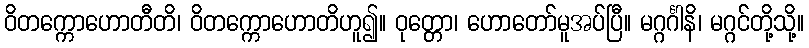
ဝိတက္ကောဟောတီတိ၊ ဝိတက္ကောဟောတိဟူ၍။ ဝုတ္တော၊ ဟောတော်မူအပ်ပြီ။ မဂ္ဂင်္ဂါနိ၊ မဂ္ဂင်တို့သို့။